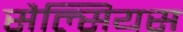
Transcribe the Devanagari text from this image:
सैल्सियस